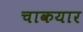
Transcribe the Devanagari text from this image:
चाकयार